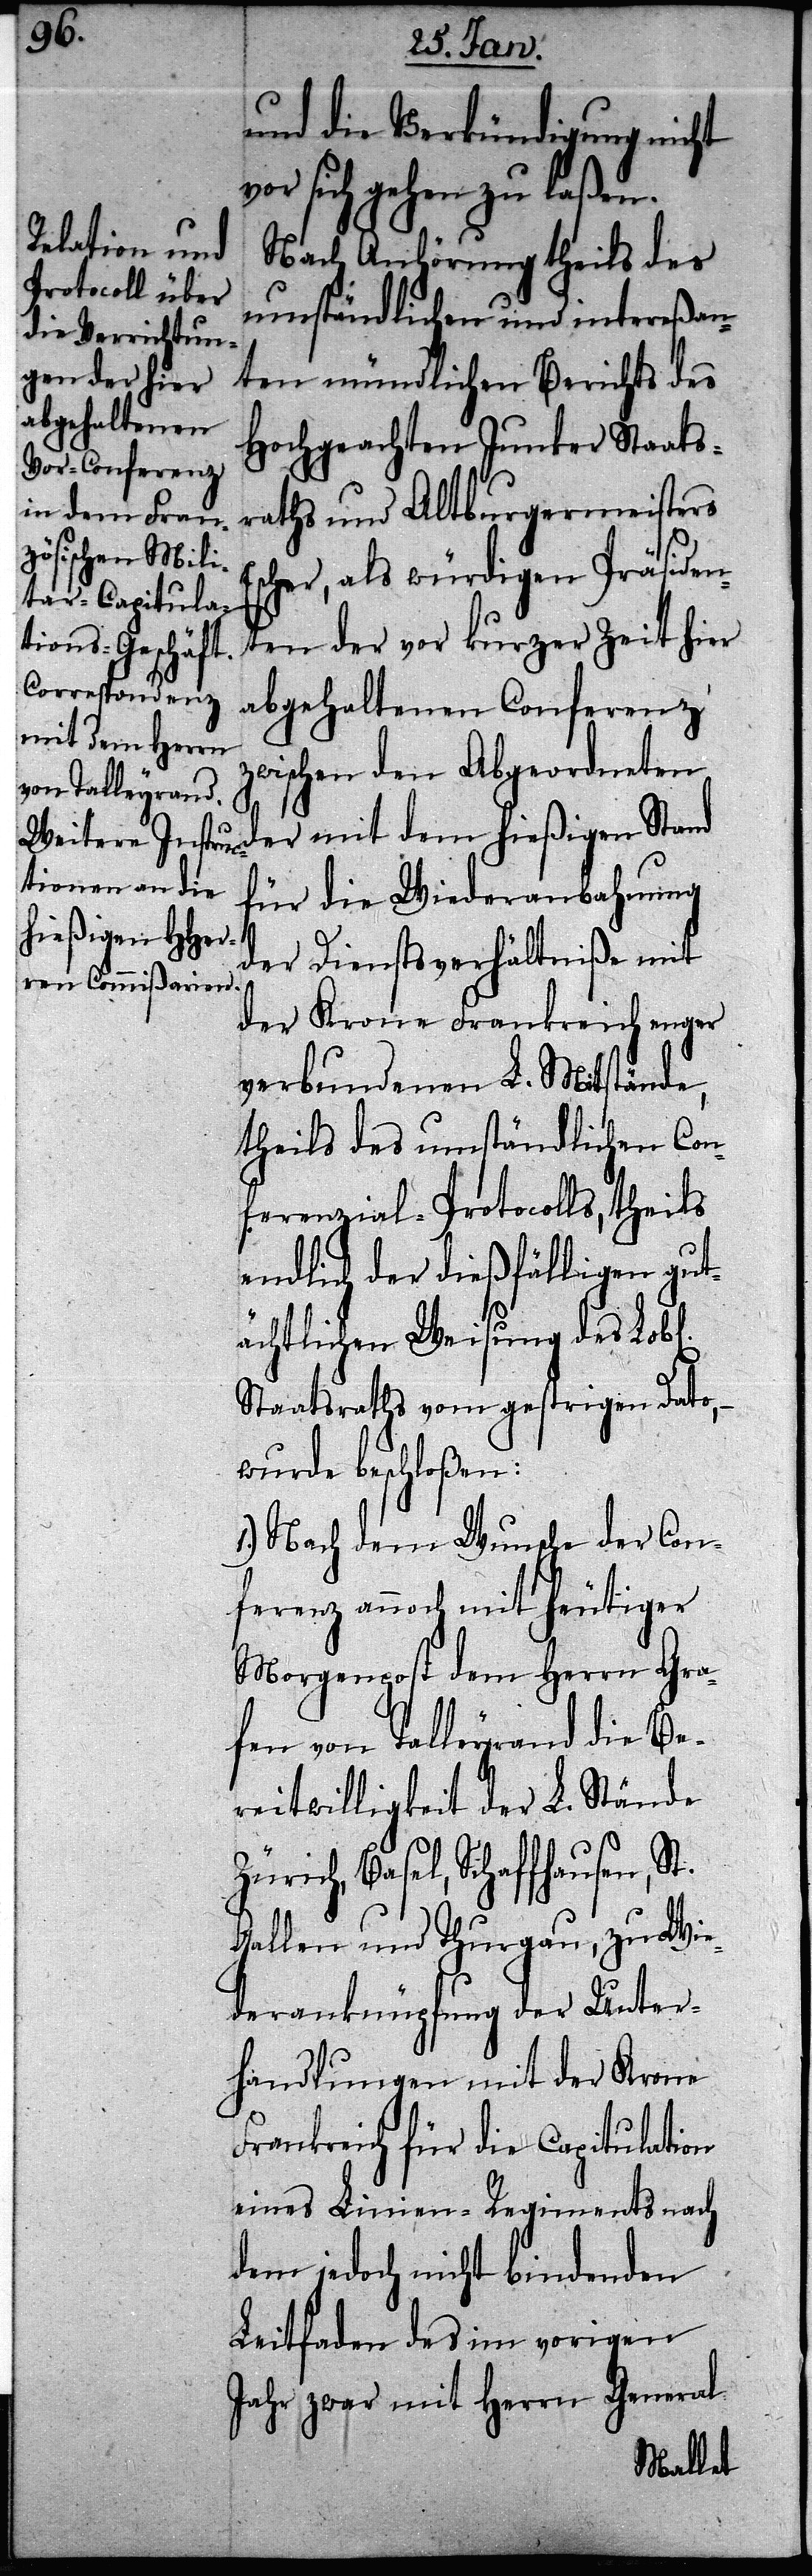
E¬

und die Verkündigung nicht
vor sich gehen zu laßen.
Nach Anhörung theils des
umständlichen und intereßan¬
ten mündlichen Berichts des
Hochgeachten Junker Staats¬
raths und Altburgermeisters
scher, als würdigen Präsiden¬
ten der vor kurzer Zeit hier
abgehaltenen Conferenz
zwischen den Abgeordneten
der mit dem hießigen Stand
für die Wiederanbahnung
der Dienstverhältniße mit
der Krone Frankreich enger
verbundenen L. Mitstände,
theils des umständlichen Con¬
ferenzial-Protocolls, theils
endlich der dießfälligen gut¬
ächtlichen Weisung des Lob[l¬
Staatsraths vom gestrigen Dato,
wurde beschloßen:
1.) Nach dem Wunsche der Con¬
ferenz annoch mit heutiger
Morgenpost dem Herrn Gra¬
fen von Talleyrand die Be¬
reitwilligkeit der L. Stände
Zürich, Basel, Schaffhausen,
Gallen und Thurgau, zu Wie¬
deranknüpfung der Unter¬
handlungen mit der Krone
Frankreich für die Capitulation
eines Linien-Regiments nach
dem jedoch nicht bindenden
Leitfaden des im vorigen
Jahr zwar mit Herrn General
ichen].